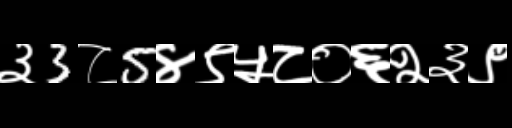
Text: ३3८5४९५८०६२३९